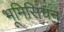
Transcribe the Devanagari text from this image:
भूमिसिंचन